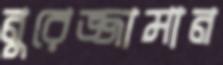
নুরেজ্জামান